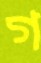
গ